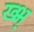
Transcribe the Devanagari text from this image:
ख्भ्